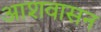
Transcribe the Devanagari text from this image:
आशवासन